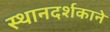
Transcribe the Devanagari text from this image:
स्थानदर्शकाने